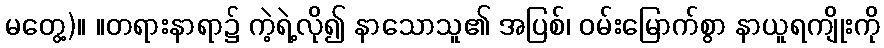
မတွေ့)။ ။တရားနာရာ၌ ကဲ့ရဲ့လို၍ နာသောသူ၏ အပြစ်၊ ဝမ်းမြောက်စွာ နာယူရကျိုးကို